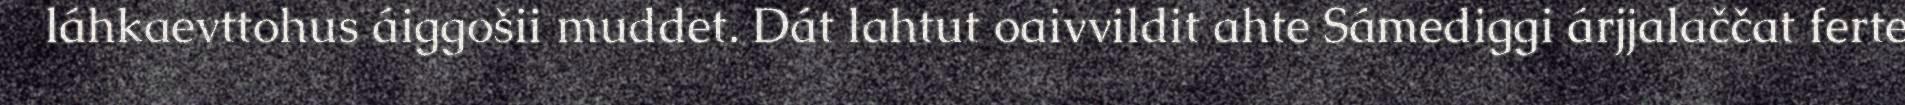
láhkaevttohus áiggošii muddet. Dát lahtut oaivvildit ahte Sámediggi árjjalaččat ferte